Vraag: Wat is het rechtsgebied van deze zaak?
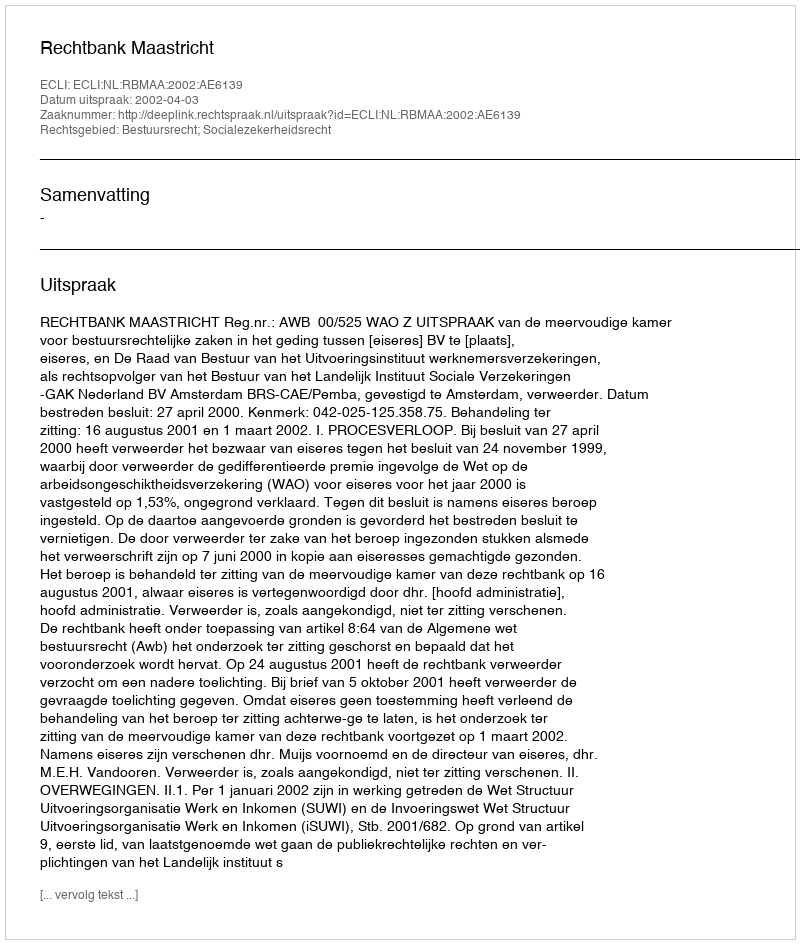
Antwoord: Bestuursrecht; Socialezekerheidsrecht